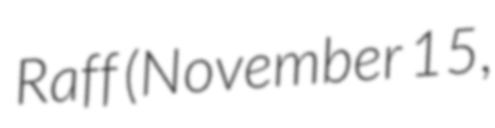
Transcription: Raff (November 15,